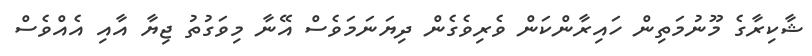
ޝާކިރާގެ މޫނުމަތިން ހައިރާންކަން ވެރިވެގެން ދިޔަނަމަވެސް އޭނާ މިވަގުތު ޖިޔާ އާއި އެއްވެސް